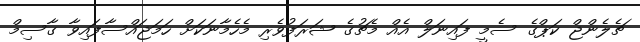
ޗެލެންޖް ކަޕްގެ ސެމީ ފައިނަލް އެއް މެޗުގެ ޝަރަފުވެރި މެހެމާނަކަށް ހަމަޖައްސާފައިވާ ގާސިމް